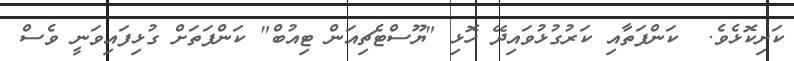
ކަށިކޮޅެވެ.  ކަންފަތާއި ކަރުގުޅުވައިދޭ ހޮޅި "ޔޫސްޓެޗިއަން ޓިއުބް" ކަންފަތަށް ގުޅިފައިވަނީ ވެސް